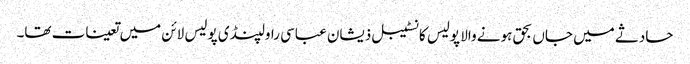
حادثے میں جاں بحق ہونے والا پولیس کانسٹیبل ذیشان عباسی راولپنڈی پولیس لائن میں تعینات تھا۔